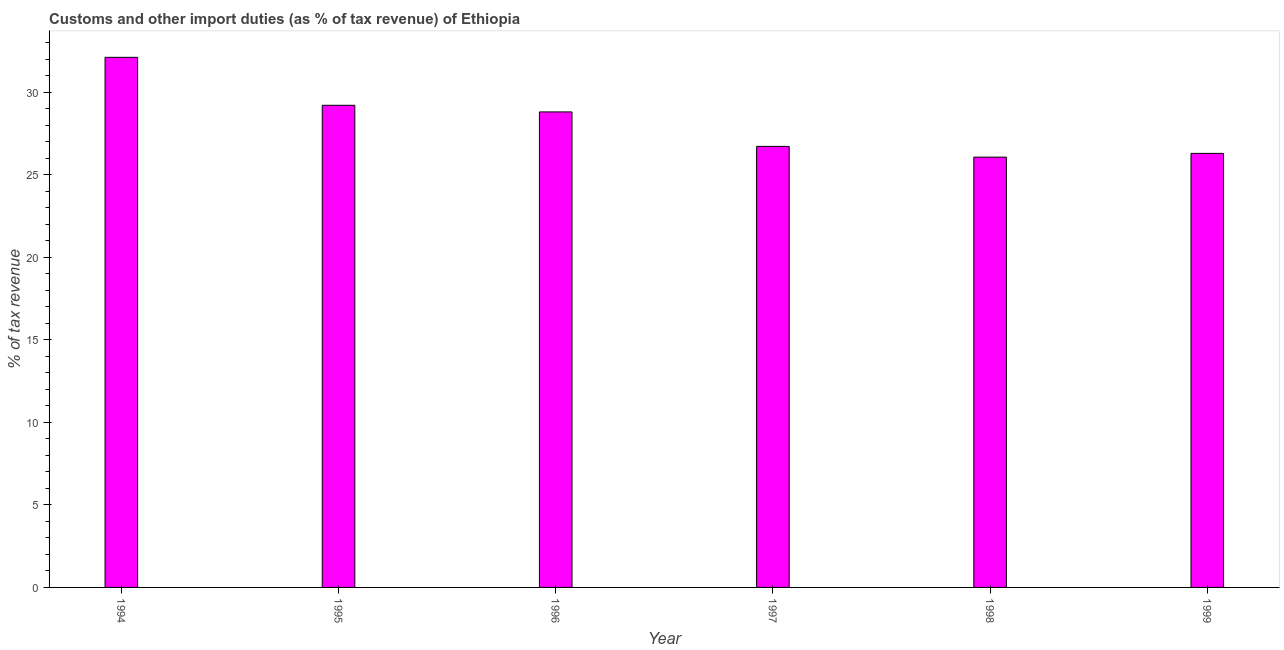
| Year | Customs and other import duties |
 | --- | --- |
 | 1994 | 32.1 |
 | 1995 | 29.2 |
 | 1996 | 28.8 |
 | 1997 | 26.7 |
 | 1998 | 26.1 |
 | 1999 | 26.3 |